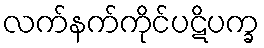
လက်နက်ကိုင်ပဋိပက္ခ